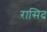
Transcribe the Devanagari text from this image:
रासिद